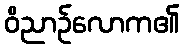
ဝိညာဉ်လောက၏